Medical and sanitary report of the native army of Bengal for the year
Year: 1876
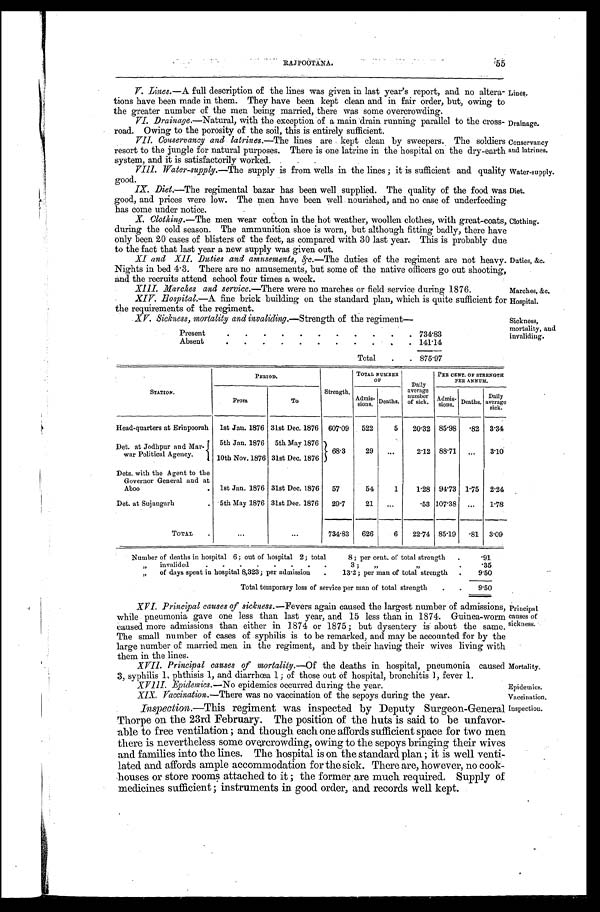
Lines.
Drainage
.
Conservancy
and latrines.
Water-supply.
Duties, &c.
Marches, &c.
Hospital.
Epidemics.
Vaccination.
RAJPOOTANA.
55
V. Lines.—A full description of the lines was given in last year's report, and no altera
-
tions have been made in them. They have been kept clean and in fair order, but, owing to
the greater number of the men being married, there was some overcrowding.
VI. Drainage.—Natural, with the exception of a main drain running parallel to the cross
-
road. Owing to the porosity of the soil, this is entirely sufficient.
VII. Conservancy and latrines.— The lines are kept clean by sweepers. The soldiers
resort to the jungle for natural purposes. There is one latrine in the hospital on the dry-earth
system, and it is satisfactorily worked.
VI11. Water-supply.— The supply is from wells in the lines; it is sufficient and quality
good.
IX. Diet.—The regimental bazar has been well supplied. The quality of the food was
good, and prices were low. The men have been well nourished, and no case of underfeeding
has come under notice.
X. Clothing.—The men wear cotton in the hot weather, woollen clothes, with great-coats,
during the cold season. The ammunition shoe is worn, but although fitting badly, there have
only been 20 cases of blisters of the feet, as compared with 30 last year. This is probably due
to the fact that last year a new supply was given out.
Diet.
Clothing.
XI and XII. Duties and amusements, &c.— The duties of the regiment are not heavy.
Nights in bed 4.3. There are no amusements, but some of the native officers go out shooting,
and the recruits attend school four times a week.
X1II. Marches and service.— There were no marches or field service during 1876.
XIV. Hospital.—A fine brick building on the standard plan, which is quite sufficient for
the requirements of the regiment.
XV. Sickness, mortality and invaliding.— Strength of the regiment
Present
.
.
. 734.83
Absent
.
.
. 141.14
Total . . . 875.97
Sickness,
mortality, and
invaliding.
S T A T I O N .
PERIOD.
Strength.
TOTAL NUMBER
O F
Daily
average
number
of sick.
PER CENT. OF STRENGTH
PER ANNUM.
From
To
Admi s - s i o n s . Deaths.
Admis- s i o n s .
Deaths.
Daily
average
sick.
Head-quarters at Erinpoorah 1st Jan. 1876 31st Dec. 1876 607.09
522
5
20.32 85.98
.82 3.34
Det. at Jodhpur and an Mar-
w a r P o l i t i c a l A g e n c y . . .
5th Jan. 1876 5th May 1876
68.3
29
. . .
2.12 88.71
. . .
3.10
10th Nov. 1876 31st Dec. 1876
Dets. with the Agent to the
Governor General and at
Aboo . . . 1st Jan. 1876 31st Dec. 1876
57
54
1
1.28 94.73 1.75
2.24
Det. at Sujangarh . . . 5th May 1876 31st Dec. 1876
29.7
21
. . .
.53 107.38
. . .
1.78
TOTAL . . .
. . .
. . . 734.83
626
6
22.74 85.19
.81 3.09
Number of deaths in hospital 6 ; out of hospital 2 ; total 8 ; per cent. of total strength . . .
.91
"
invalided 3; " " . . .
. 3 5
"
of days spent in hospital 8,323; per admission . . . 13.2; per man of total strength . . .
9.50
Total temporary loss of service per man of total strength . . .
9.50
XVI. Principal causes of sickness.—Fevers again caused the largest number of admissions,
while pneumonia gave one less than last year, and 15 less than in 1874. Guinea-worm
caused more admissions than either in 1874 or 1875; but dysentery is about the same.
The small number of cases of syphilis is to be remarked, and may be accounted for by the
large number of married men in the regiment, and by their having their wives living with
them in the lines.
XVII. Principal causes of mortality.— Of the deaths in hospital, pneumonia caused
3, syphilis 1, phthisis 1, and diarrhœa 1; of those out of hospital, bronchitis 1, fever 1.
Principal
causes of
sickness.
Mortality.
XVIII. Epidemics.— No epidemics occurred during the year.
Vaccination.—There was no vaccination of the sepoys during the year.
Inspection.—This regiment was inspected by Deputy Surgeon-General
Thorpe on the 23rd February. The position of the huts is said to be unfavor
-
able to free ventilation; and though each one affords sufficient space for two men
there is nevertheless some overcrowding, owing to the sepoys bringing their wives
and families into the lines. The hospital is on the standard plan; it is well venti
-
lated and affords ample accommodation for the sick. There are, however, no cook
-
houses or store rooms attached to it; the former are much required. Supply of
medicines sufficient; instruments in good order, and records well kept.
Inspection.